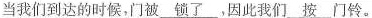
当我们到达的时候,门被\underline{锁了} ,因此我们\underline{按}门铃.